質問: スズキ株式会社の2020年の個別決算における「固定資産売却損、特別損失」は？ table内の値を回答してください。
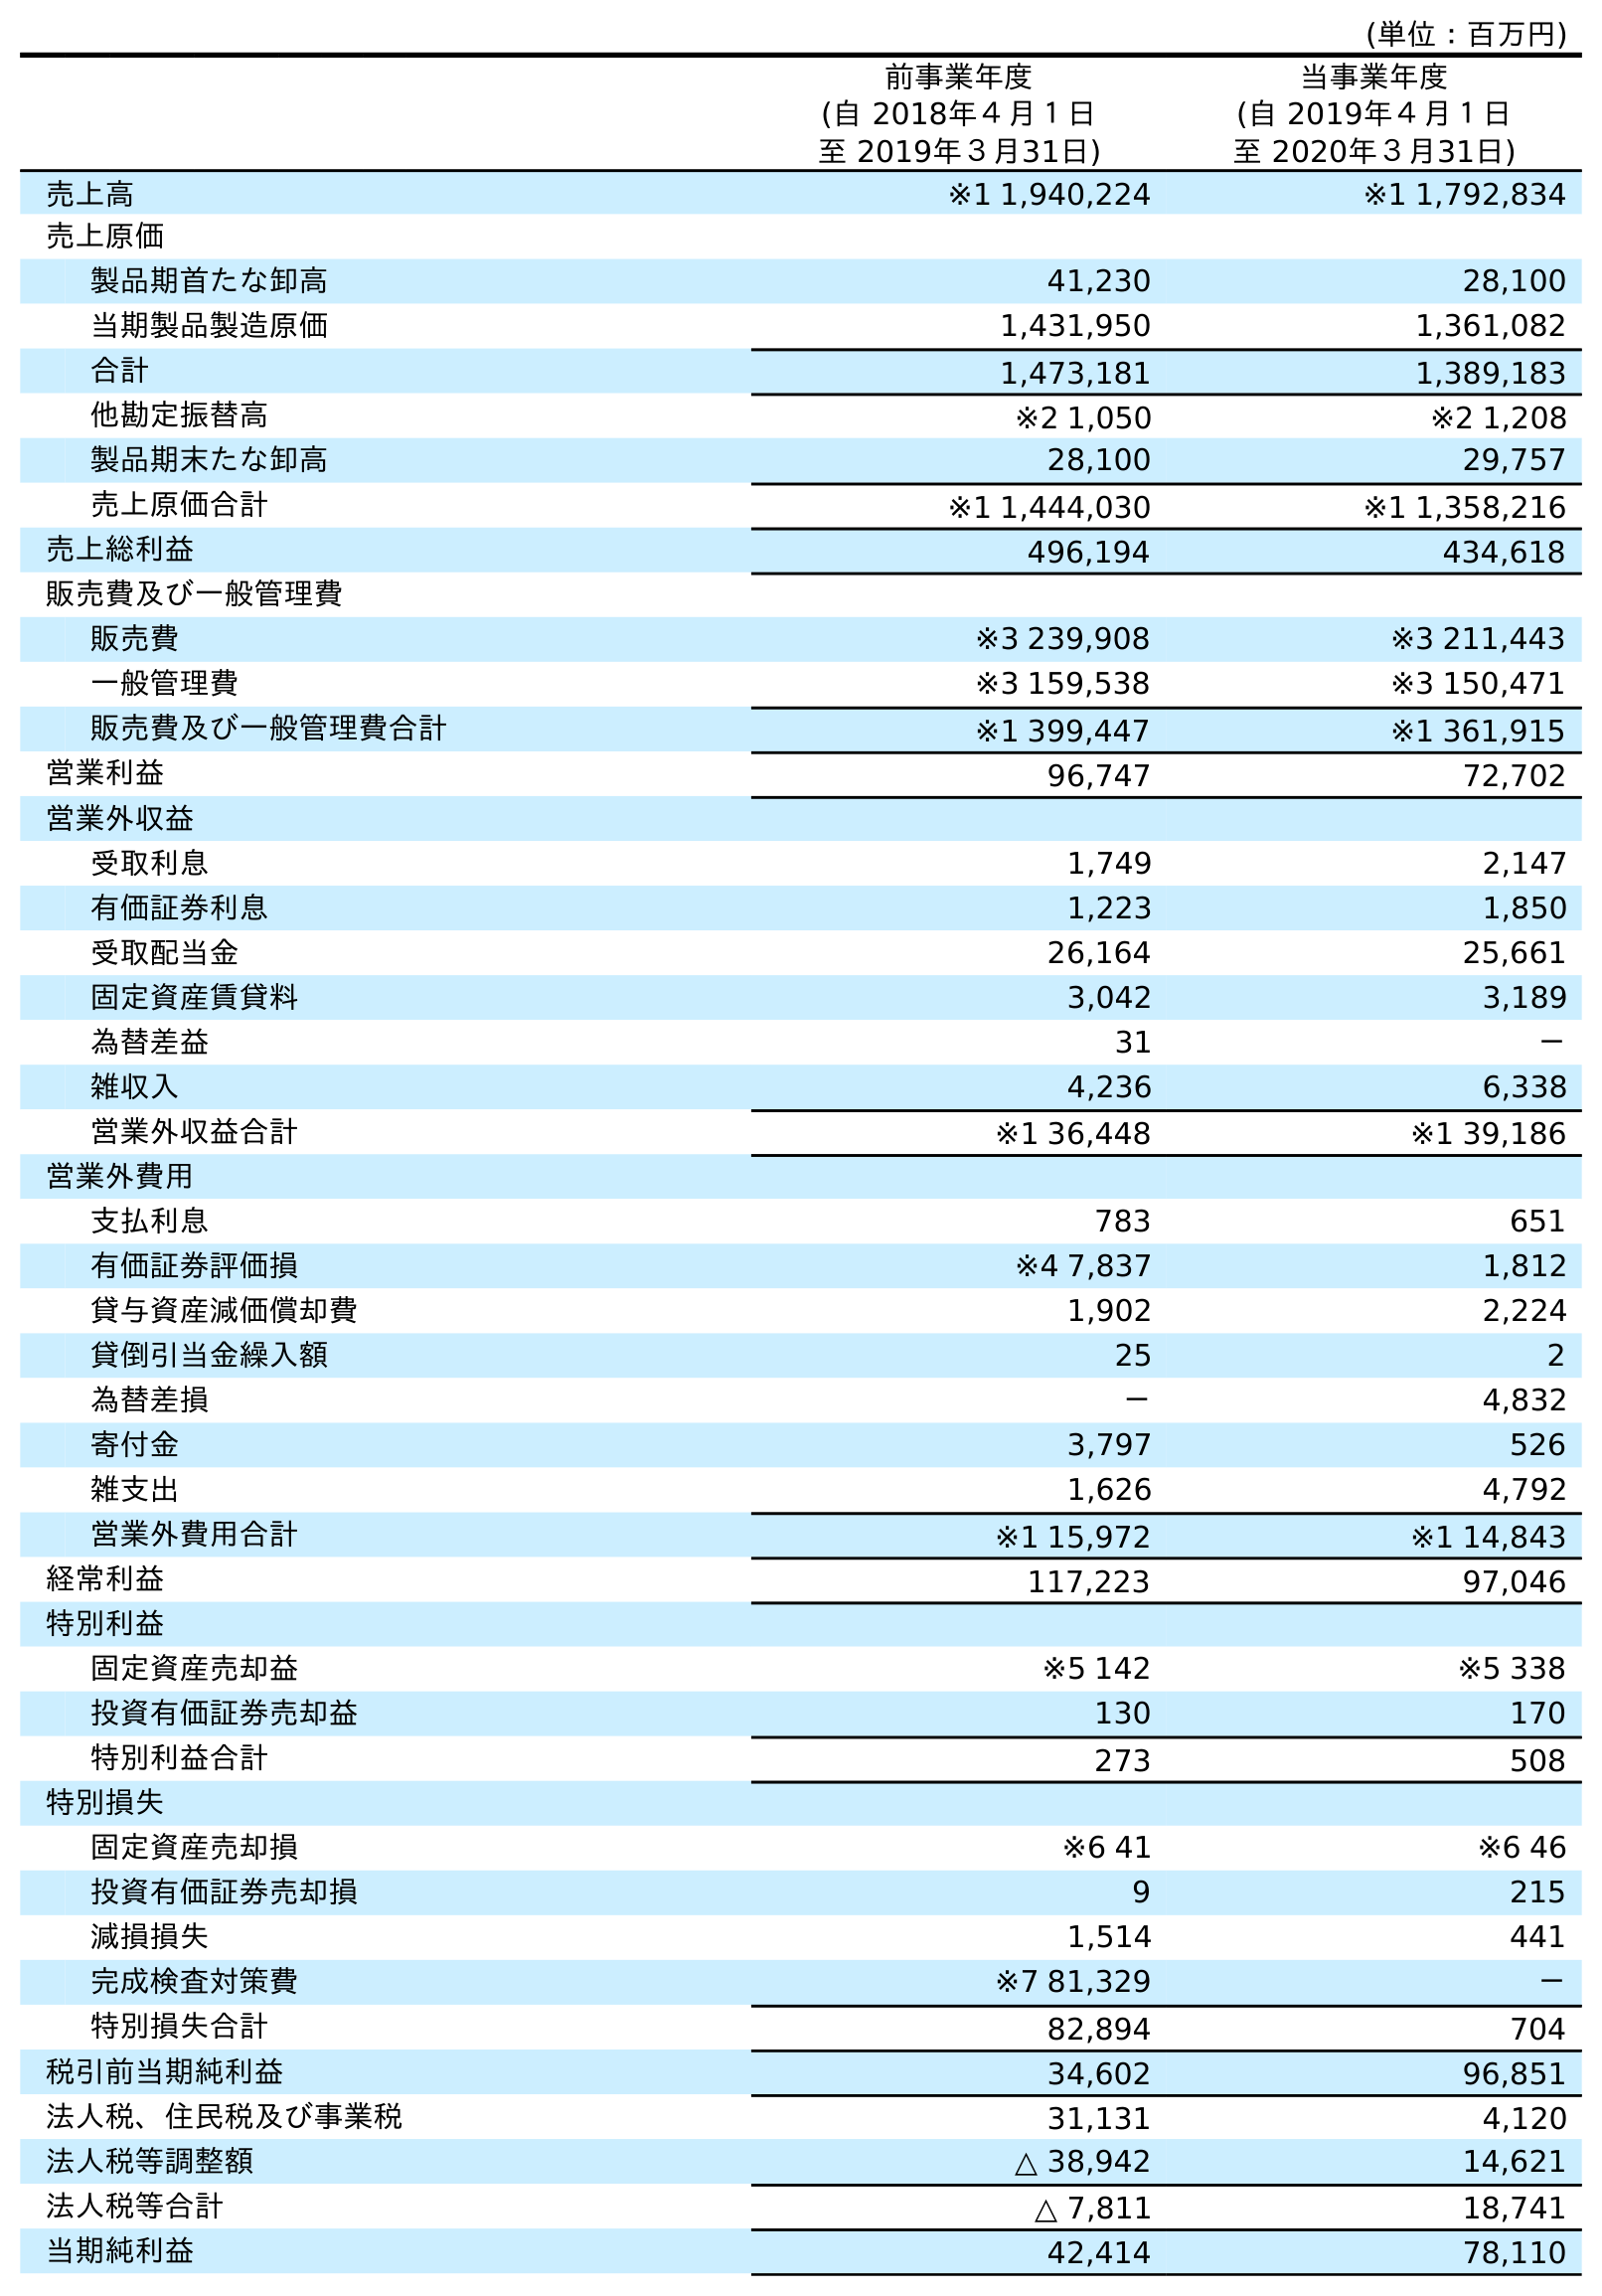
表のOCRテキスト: (単位：百万円) 前事業年度 (自 2018年４月１日 至 2019年３月31日) 当事業年度 (自 2019年４月１日 至 2020年３月31日) 売上高 ※1 1,940,224 ※1 1,792,834 売上原価 製品期首たな卸高 41,230 28,100 当期製品製造原価 1,431,950 1,361,082 合計 1,473,181 1,389,183 他勘定振替高 ※2 1,050 ※2 1,208 製品期末たな卸高 28,100 29,757 売上原価合計 ※1 1,444,030 ※1 1,358,216 売上総利益 496,194 434,618 販売費及び一般管理費 販売費 ※3 239,908 ※3 211,443 一般管理費 ※3 159,538 ※3 150,471 販売費及び一般管理費合計 ※1 399,447 ※1 361,915 営業利益 96,747 72,702 営業外収益 受取利息 1,749 2,147 有価証券利息 1,223 1,850 受取配当金 26,164 25,661 固定資産賃貸料 3,042 3,189 為替差益 31 － 雑収入 4,236 6,338 営業外収益合計 ※1 36,448 ※1 39,186 営業外費用 支払利息 783 651 有価証券評価損 ※4 7,837 1,812 貸与資産減価償却費 1,902 2,224 貸倒引当金繰入額 25 2 為替差損 － 4,832 寄付金 3,797 526 雑支出 1,626 4,792 営業外費用合計 ※1 15,972 ※1 14,843 経常利益 117,223 97,046 特別利益 固定資産売却益 ※5 142 ※5 338 投資有価証券売却益 130 170 特別利益合計 273 508 特別損失 固定資産売却損 ※6 41 ※6 46 投資有価証券売却損 9 215 減損損失 1,514 441 完成検査対策費 ※7 81,329 － 特別損失合計 82,894 704 税引前当期純利益 34,602 96,851 法人税、住民税及び事業税 31,131 4,120 法人税等調整額 △ 38,942 14,621 法人税等合計 △ 7,811 18,741 当期純利益 42,414 78,110
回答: ※646